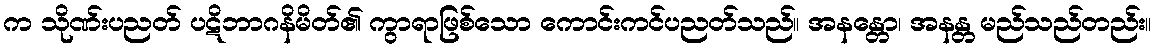
က သိုဏ်းပညတ် ပဋိဘာဂနိမိတ်၏ ကွာရာဖြစ်သော ကောင်းကင်ပညတ်သည်။ အနန္တော၊ အနန္တ မည်သည်တည်း။